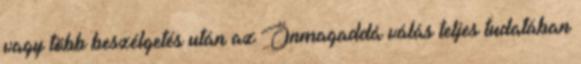
vagy több beszélgetés után az Önmagaddá válás teljes tudatában